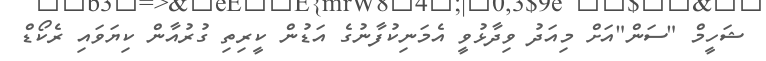
ޝަހީމް "ސަން"އަށް މިއަދު ވިދާޅުވީ އެމަނިކުފާނުގެ އަޑުން ކީރިތި ގުރުއާން ކިޔަވައި ރެކޯޑް